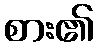
စား၏